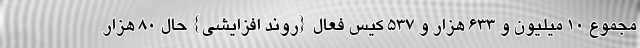
مجموع 10 میلیون و 633 هزار و 537 کیس فعال {روند افزایشی} حال 80 هزار